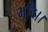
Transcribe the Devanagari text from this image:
भूवि।।